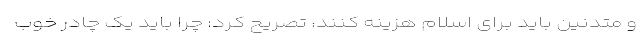
و متدنین باید برای اسلام هزینه کنند، تصریح کرد: چرا باید یک چادر خوب